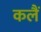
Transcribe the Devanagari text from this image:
कलैं